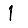
Digit: 1